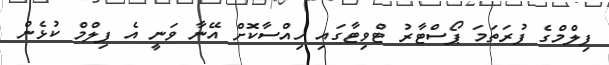
ފިލްމްގެ ފުރަތަމަ ޕޯސްޓާރު ޓްވިޓާގައި ހިއްސާކޮށް އޭނާ ވަނީ އެ ފިލްމް ކުޅެން